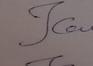
Signature authenticity: genuine